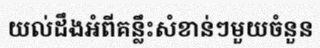
យល់ដឹងអំពីគន្លឹះសំខាន់ៗមួយចំនួន